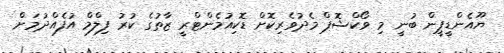
ޔޫއެންޑީޕީން ބުނީ މި ވޯކްޝޮޕް މެދުވެރިކޮށް ޑޮކިއުމެންޓްރީ ޒާތުގެ ކުރު ފިލްމް އުފެއްދުމަށް